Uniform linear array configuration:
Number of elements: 16
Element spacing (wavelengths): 1
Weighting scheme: kaiser
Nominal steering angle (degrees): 0
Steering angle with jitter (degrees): -0.7218
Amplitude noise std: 0.05
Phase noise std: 0.05

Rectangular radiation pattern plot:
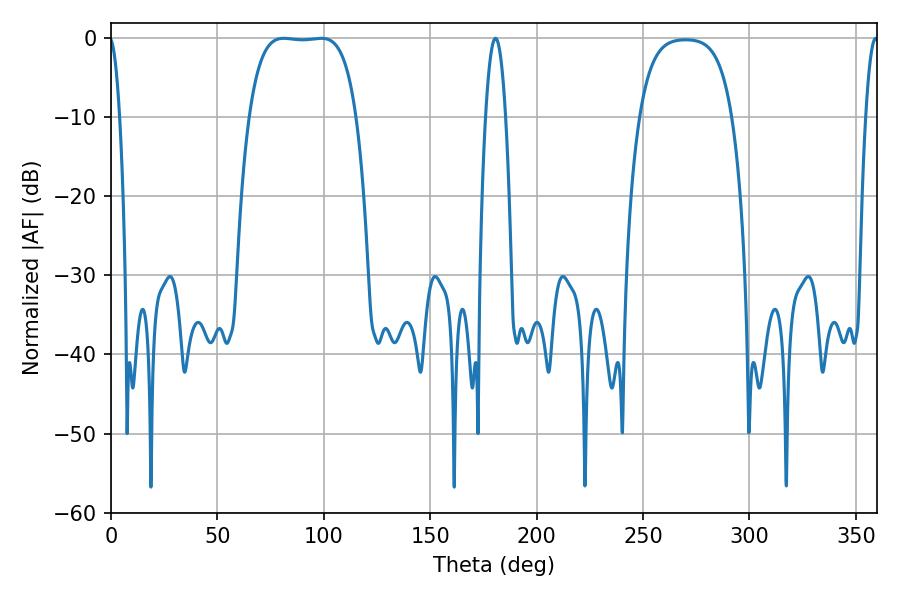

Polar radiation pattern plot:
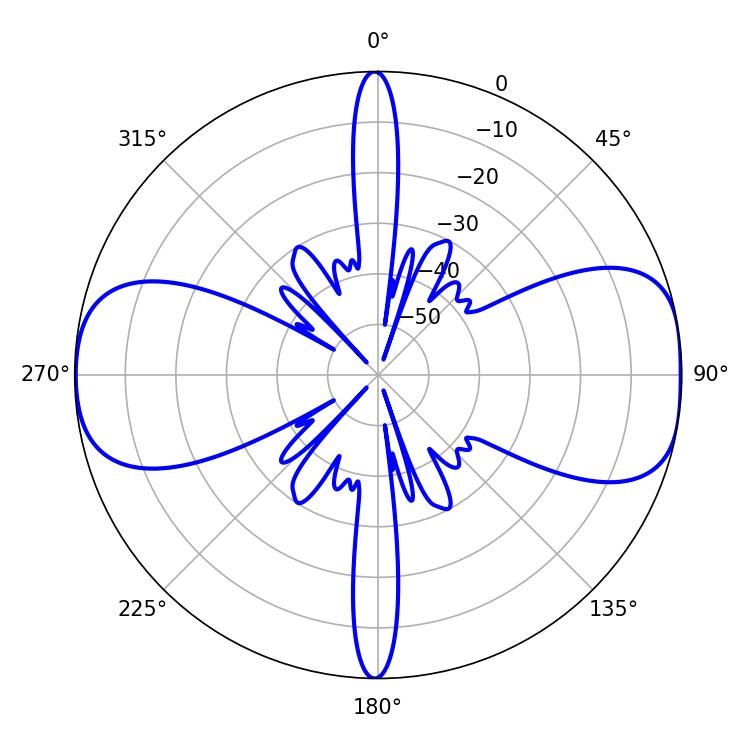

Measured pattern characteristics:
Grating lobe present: TRUE
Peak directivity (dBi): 10.902
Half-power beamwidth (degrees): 39.24
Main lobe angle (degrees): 81.18